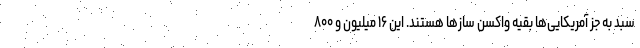
سبد به جز آمریکایی‌ها بقیه واکسن سازها هستند. این ۱۶ میلیون و ۸۰۰